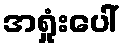
အရှုံးပေါ်